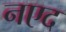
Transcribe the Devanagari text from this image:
नएद